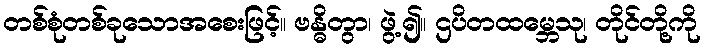
တစ်စုံတစ်ခုသောအစေးဖြင့်။ ဗန္ဓိတွာ၊ ဖွဲ့၍။ ဌပိတထမ္ဘေသု၊ တိုင်တို့ကို